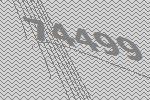
74499